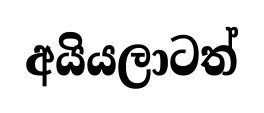
අයියලාටත්